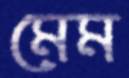
মেম